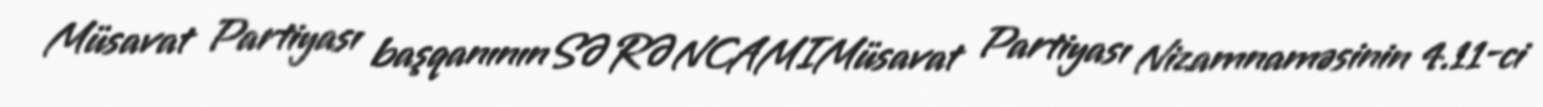
Müsavat Partiyası başqanınınSƏRƏNCAMIMüsavat Partiyası Nizamnaməsinin 4.11-ci